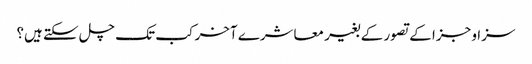
سزا و جزا کے تصور کے بغیر معاشرے آخر کب تک چل سکتے ہیں؟